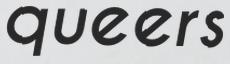
queers